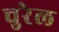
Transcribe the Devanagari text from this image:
चुरेल